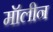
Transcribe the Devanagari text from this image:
मॉलीन